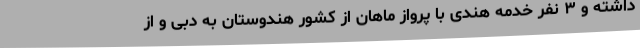
داشته و ۳ نفر خدمه هندی با پرواز ماهان از کشور هندوستان به دبی و از